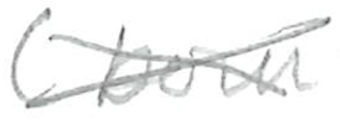
Text: (born
Cross-out: cross
Writing tool: pencil